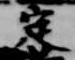
定